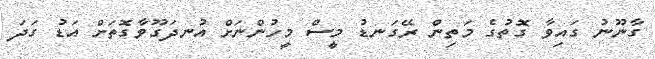
ގާނޫނު ގައިވާ ގޮތުގެ މަތިން ރޭގަނޑު މީސް މީހުންނަށް އުނދަގޫވާގޮތަށް އަޑު ގަދަ